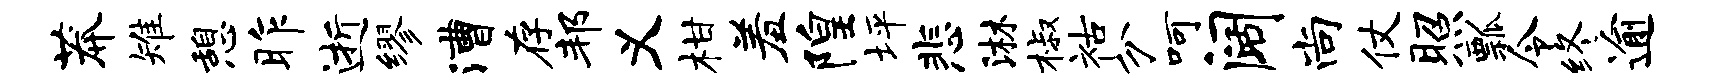
莽雉憩昨逝缪漕存邦义柑羞隍坪悲淋椒祜分呵阔尚仗照瓢令终逾